Lunatic asylums Burma 1907-21 - 1907-1921
Year: 1907
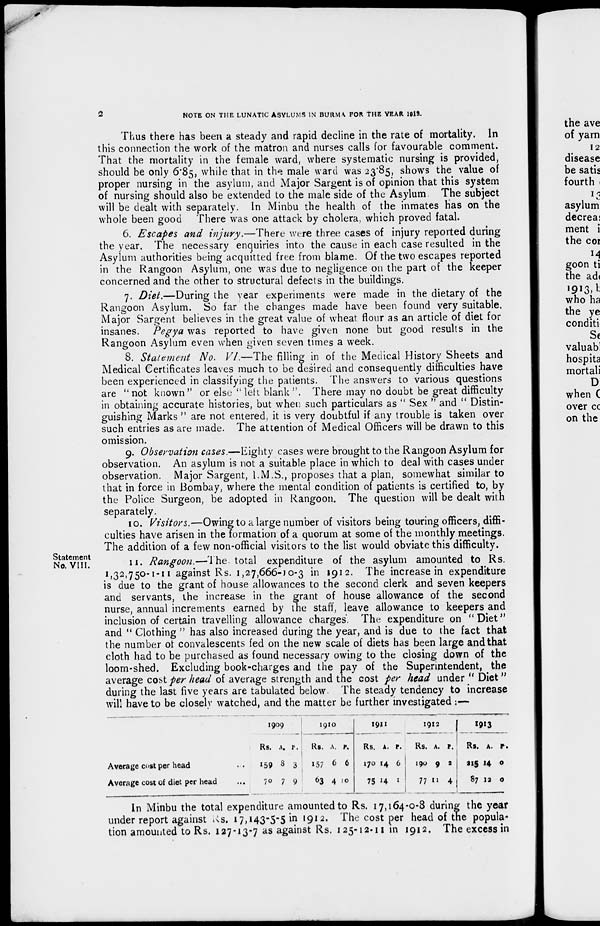
2
NOTE ON THE LUNATIC ASYLUMS IN BURMA FOR THE YEAR 1913.
Thus there has been a steady and rapid decline in the rate of mortality. In
this connection the work of the matron and nurses calls for favourable comment.
That the mortality in the female ward, where systematic nursing is provided,
should be only 6.85, while that in the male ward was 23.85, shows the value of
proper nursing in the asylum, and Major Sargent is of opinion that this system
of nursing should also be extended to the male side of the Asylum The subject
will be dealt with separately. In Minbu the health of the inmates has on the
whole been good There was one attack by cholera, which proved fatal.
6. Escapes and injury.—There were three cases of injury reported during
the year. The necessary enquiries into the cause in each case resulted in the
Asylum authorities being acquitted free from blame. Of the two escapes reported
in the Rangoon Asylum, one was due to negligence on the part of the keeper
concerned and the other to structural defects in the buildings.
7. Diet.—During the year experiments were made in the dietary of the
Rangoon Asylum. So far the changes made have been found very suitable.
Major Sargent believes in the great value of wheat flour as an article of diet for
insanes. Pegya was reported to have given none but good results in the
Rangoon Asylum even when given seven times a week.
8. Statement No. VI.—The filling in of the Medical History Sheets and
Medical Certificates leaves much to be desired and consequently difficulties have
been experienced in classifying the patients. The answers to various questions
are " not known " or else " left blank ". There may no doubt be great difficulty
in obtaining accurate histories, but when such particulars as " Sex " and " Distin-
guishing Marks " are not entered, it is very doubtful if any trouble is taken over
such entries as are made. The attention of Medical Officers will be drawn to this
omission.
9. Observation cases.—Eighty cases were brought to the Rangoon Asylum for
observation. An asylum is not a suitable place in which to deal with cases under
observation. Major Sargent, I.M.S., proposes that a plan, somewhat similar to
that in force in Bombay, where the mental condition of patients is certified to, by
the Police Surgeon, be adopted in Rangoon. The question will be dealt with
separately.
10. Visitors.—Owing to a large number of visitors being touring officers, diffi-
culties have arisen in the formation of a quorum at some of the monthly meetings.
The addition of a few non-official visitors to the list would obviate this difficulty.
Statement
No. VIII.
11. Rangoon.—The. total expenditure of the asylum amounted to Rs.
1,32,750-1-11 against Rs. 1,27,666-10-3 in 1912. The increase in expenditure
is due to the grant of house allowances to the second clerk and seven keepers
and servants, the increase in the grant of house allowance of the second
nurse, annual increments earned by the staff, leave allowance to keepers and
inclusion of certain travelling allowance charges. The expenditure on "Diet"
and " Clothing " has also increased during the year, and is due to the fact that
the number of convalescents fed on the new scale of diets has been large and that
cloth had to be purchased as found necessary owing to the closing down of the
loom-shed. Excluding book-charges and the pay of the Superintendent, the
average cost per head of average strength and the cost per head under " Diet"
during the last five years are tabulated below The steady tendency to increase
will have to be closely watched, and the matter be further investigated:—
Average cost per head
...
Average cost of diet per head ...
1909
Rs.
150
70
A.
8
7
P.
3
9
1910
RS.
157
63
A.
6
4
P.
6
10
1911
Rs.
170
75
A.
14
14
P.
6
1
1912
Rs.
190
77
A.
9
11
P.
2
4
1913
Rs.
215
87
A.
14
12
P.
0
0
In Minbu the total expenditure amounted to Rs. 17,164-0-8 during the year
under report against Rs. 17,143-5-5-in 1912. The cost per head of the popula-
tion amounted to Rs. 127-13-7 as against Rs. 125-12-11 in 1912. The excess in